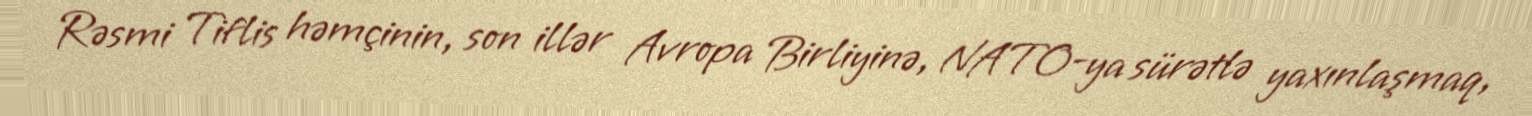
Rəsmi Tiflis həmçinin, son illər Avropa Birliyinə, NATO-ya sürətlə yaxınlaşmaq,